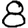
Digit: 8